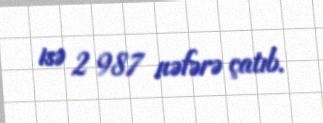
isə 2 987 nəfərə çatıb.